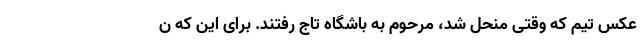
عکس تیم که وقتی منحل شد، مرحوم به باشگاه تاج رفتند. برای این که ن